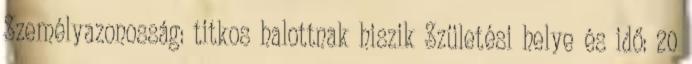
Személyazonosság: titkos halottnak hiszik Születési helye és idő: 20